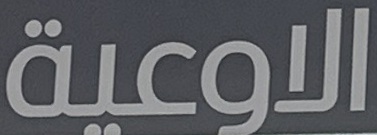
الاوعية